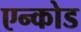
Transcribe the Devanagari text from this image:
एन्कोड